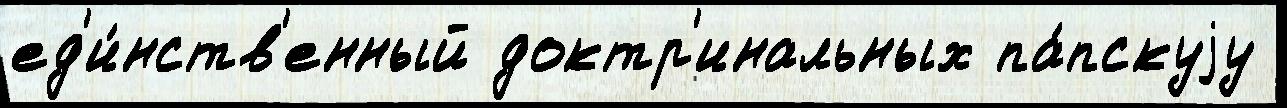
ед'и́нств'енный доктр'инальных па́пскуjу